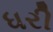
ધરી